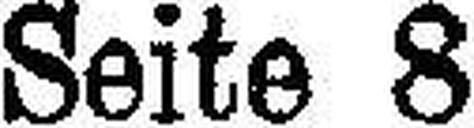
Seite 8